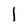
Character: l